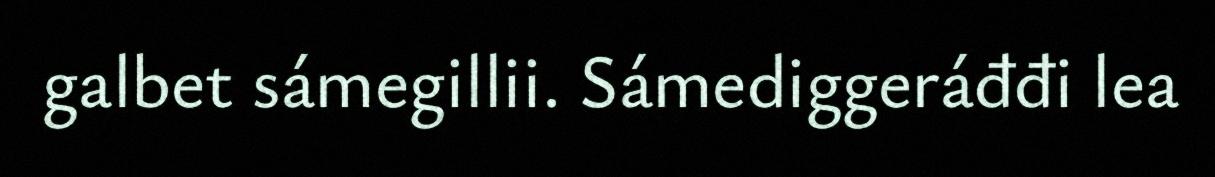
galbet sámegillii. Sámediggeráđđi lea